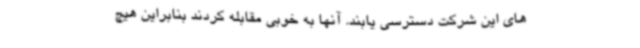
های این شرکت دسترسی یابند. آنها به خوبی مقابله کردند بنابراین هیچ